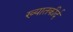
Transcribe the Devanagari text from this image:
ख्यातकीर्द